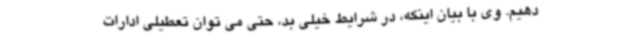
دهیم. وی با بیان اینکه، در شرایط خیلی بد، حتی می توان تعطیلی ادارات